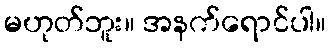
မဟုတ်ဘူး။ အနက်ရောင်ပါ။